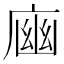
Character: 𢉾